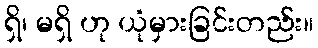
ရှိ၊ မရှိ ဟု ယုံမှားခြင်းတည်း။